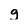
Character: g